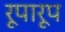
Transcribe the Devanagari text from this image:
रूपारूप